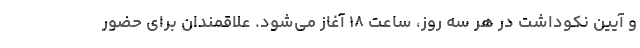
و آیین نکوداشت در هر سه روز، ساعت ۱۸ آغاز می‌شود. علاقمندان برای حضور